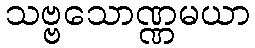
သဗ္ဗသောဏ္ဏမယာ